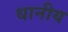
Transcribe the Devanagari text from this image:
धानीय